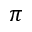
\pi